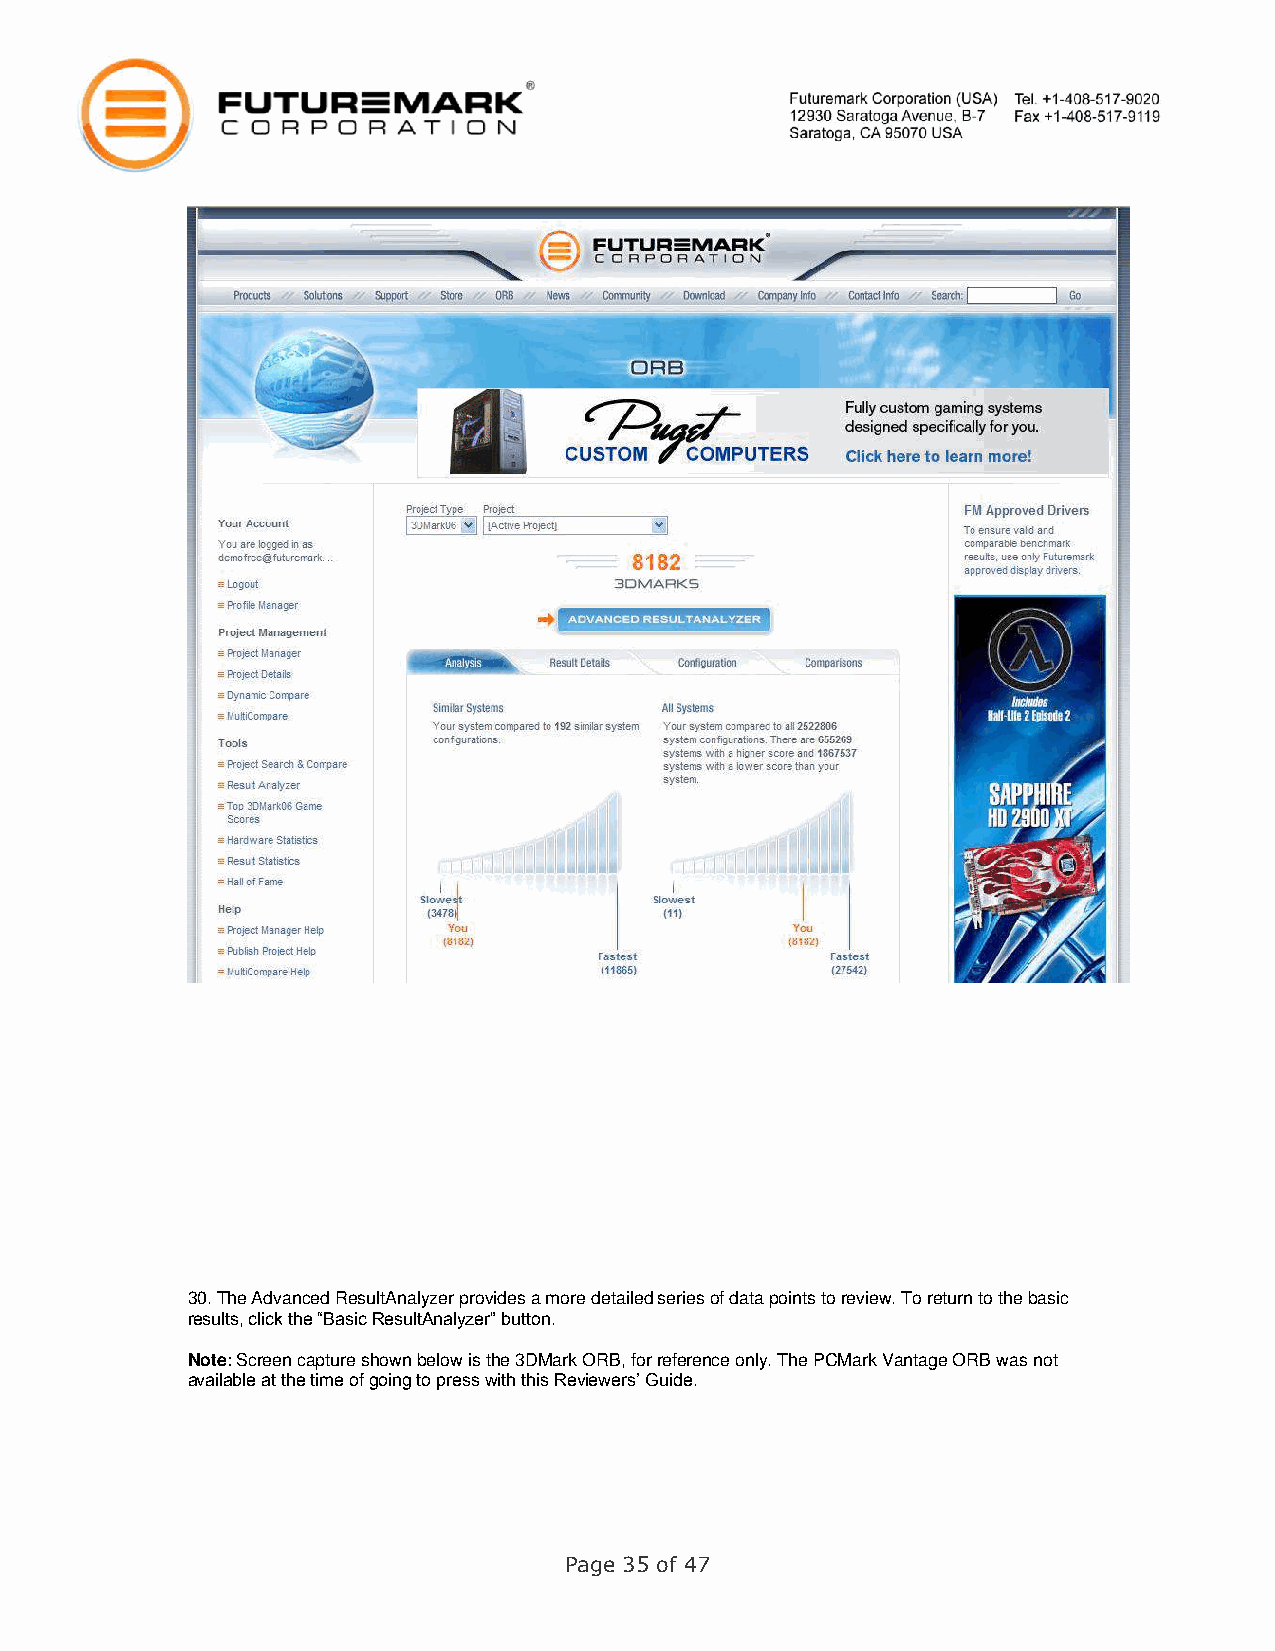
30. The Advanced ResultAnalyzer provides a more detailed series of data points to review. To return to the basic
 results, click the “Basic ResultAnalyzer” button.
 Note: Screen capture shown below is the 3DMark ORB, for reference only. The PCMark Vantage ORB was not
 available at the time of going to press with this Reviewers’ Guide.
 Page 35 of 47